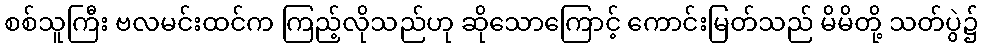
စစ်သူကြီး ဗလမင်းထင်က ကြည့်လိုသည်ဟု ဆိုသောကြောင့် ကောင်းမြတ်သည် မိမိတို့ သတ်ပွဲ၌